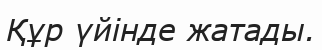
Құр үйінде жатады.